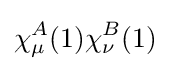
\mathbf {\chi } _{\mu }^{A}(1)\mathbf {\chi } _{\nu }^{B}(1)